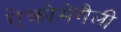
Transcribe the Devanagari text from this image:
ऐक्रोमेगैली